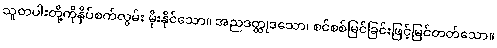
သူတပါးတို့ကိုနှိပ်စက်လွမ်း မိုးနိုင်သော။ အညဒတ္ထုဒသော၊ စင်စစ်မြင်ခြင်းဖြင့်မြင်တတ်သော။